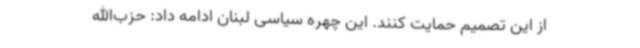
از این تصمیم حمایت کنند. این چهره سیاسی لبنان ادامه داد: حزب‌الله